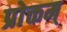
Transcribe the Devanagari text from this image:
प्रोक्तम्